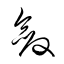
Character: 斂